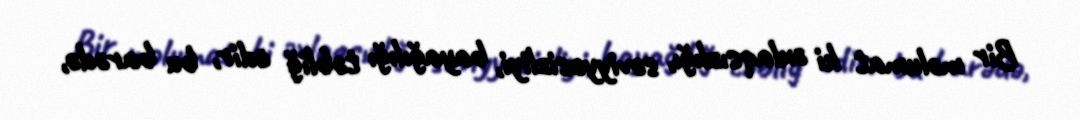
Bir məlumat ki əxlaqsızlığı, səviyyəsizliyi, bayağılığı təbliğ edir, bu barədə,